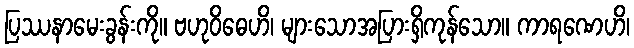
ပြဿနာမေးခွန်းကို။ ဗဟုဝိဓေဟိ၊ များသောအပြားရှိကုန်သော။ ကာရဏေဟိ၊